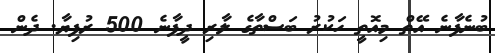
ބުނެފާނެ އޭތް މިއޮތީ ހަކުރު ބަސްތާގެ ލާރި ދީފާނެ 500 ރުފިޔާ. ދެން